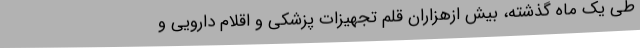
طی یک ماه گذشته، بیش ازهزاران قلم تجهیزات پزشکی و اقلام دارویی و